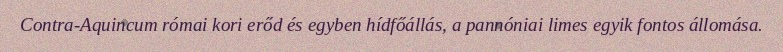
Contra-Aquincum római kori erőd és egyben hídfőállás, a pannóniai limes egyik fontos állomása.